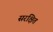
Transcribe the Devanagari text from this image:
सरक्षित